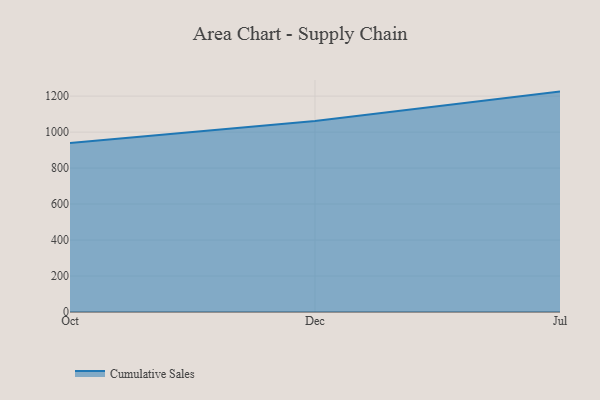
{"axis": {"x": "Month", "y": "Waste Production (Tons)"}, "legend": ["Cumulative Sales"], "data": [{"x": "Oct", "y": 938.7, "type": "Cumulative Sales"}, {"x": "Dec", "y": 1062.2, "type": "Cumulative Sales"}, {"x": "Jul", "y": 1225.1, "type": "Cumulative Sales"}]}